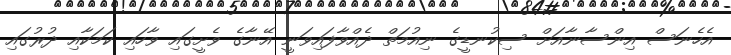
އެހެނަސް އިންސާނާއަށް ސިކުނޑީގެ ނިއުމަތް ދެއްވާފައިވަނީ އޭނާގެ ވެށީގައި ވާހައި ކަމަކާއި ދުރުގައި